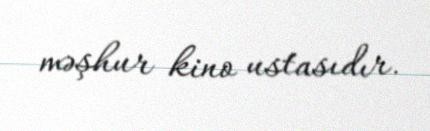
məşhur kino ustasıdır.